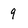
Character: 9